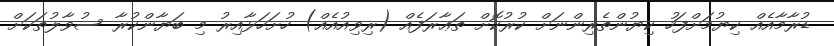
ޑުރާމާއެއް ކިޔުމަށްފަހު ކިޔުންތެރިންނަށް ކުރުކޮށް ތަޢާރަފެއް (ރިވިއުއެއް) ހުށަހަޅާއިރު މި ބަޔާންކުރާ ސުވާލުތަކަށް